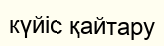
күйіс қайтару